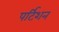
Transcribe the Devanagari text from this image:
पर्टिशन